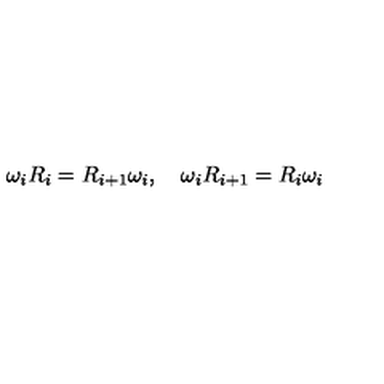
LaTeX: \omega _ { i } R _ { i } = R _ { i + 1 } \omega _ { i } , \quad \omega _ { i } R _ { i + 1 } = R _ { i } \omega _ { i }